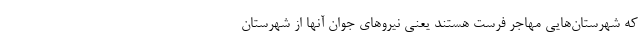
که شهرستان‌هایی مهاجر فرست هستند یعنی نیروهای جوان آنها از شهرستان